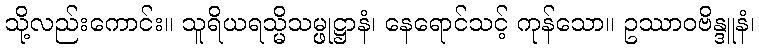
သို့လည်းကောင်း။ သူရိယရသ္မိသမ္ဖုဋ္ဌာနံ၊ နေရောင်သင့် ကုန်သော။ ဥဿာဝဗိန္ဒူနံ၊